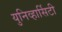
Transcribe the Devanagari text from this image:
युनिव्हार्सिटी